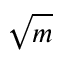
\sqrt m